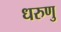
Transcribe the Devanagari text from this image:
धरुणु